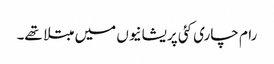
رام چاری کئی پریشانیوں میں مبتلا تھے۔